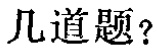
几道题？